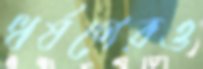
ধর্ষণেরও